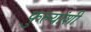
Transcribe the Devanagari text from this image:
फुल्यांशी